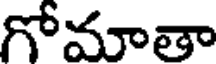
గోమాతా